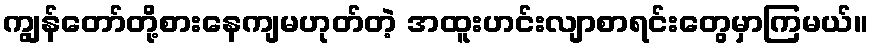
ကျွန်တော်တို့စားနေကျမဟုတ်တဲ့ အထူးဟင်းလျာစာရင်းတွေမှာကြမယ်။